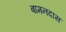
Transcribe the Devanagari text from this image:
बामनदास